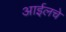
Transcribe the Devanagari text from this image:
आईलचे